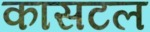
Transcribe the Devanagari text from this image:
कासटल